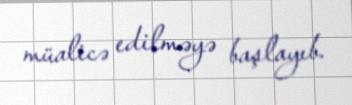
müalicə edilməyə başlayıb.